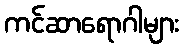
ကင်ဆာရောဂါများ